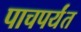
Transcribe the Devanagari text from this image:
पाचपर्यंत